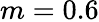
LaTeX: m=0.6